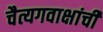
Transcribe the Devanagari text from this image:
चैत्यगवाक्षांची